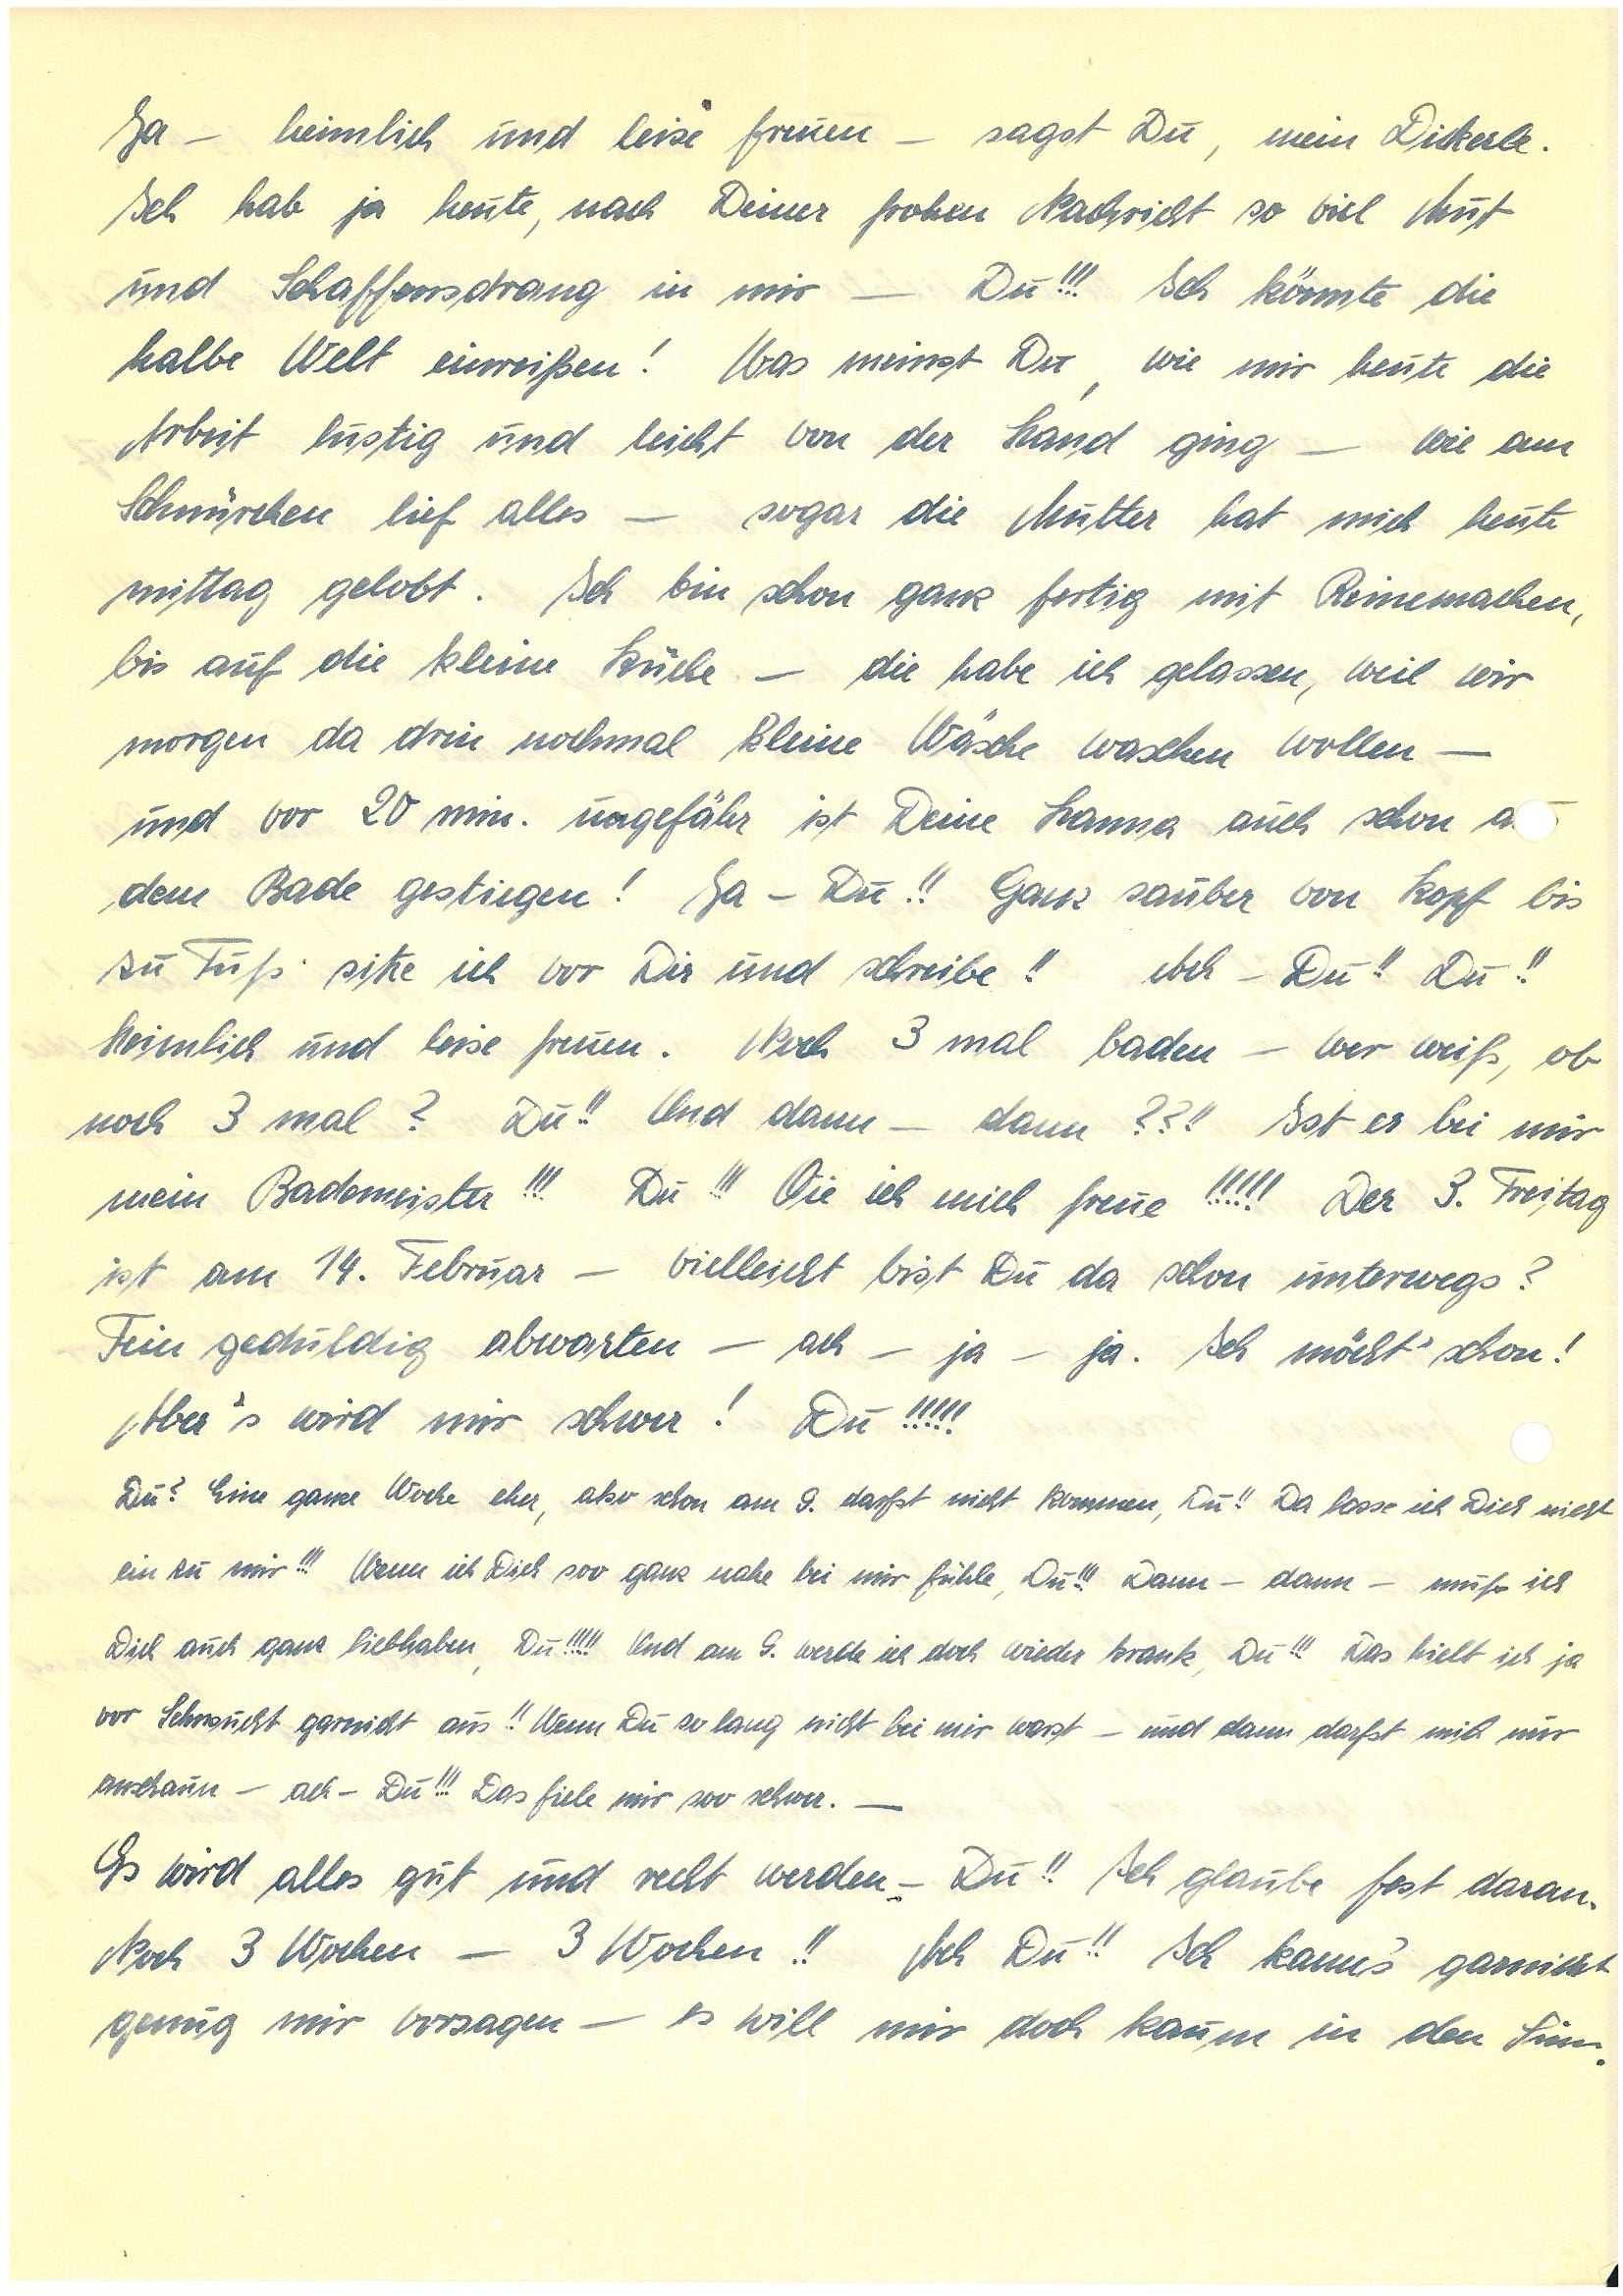
Ja – heimlich und leise freuen – sagst Du, mein Dickerle.
Ich hab ja heute, nach Deiner frohen Nachricht so viel Mut
und Schaffensdrang in mir – Du!!! Ich könnte die
halbe Welt einreißen! Was meinst Du, wie mir heute die
Arbeit lustig und leicht von der Hand ging – wie am
Schnürchen lief alles – sogar die Mutter hat mich heute
mittag gelobt. Ich bin schon ganz fertig mit Reinemachen,
bis auf die kleine Küche – die habe ich gelassen, weil wir
morgen da drin nochmal kleine Wäsche waschen wollen –
und vor 20 min. ungefähr ist deine auch schon a
dem Bade gestiegen! Ja – Du!! Ganz sauber von Kopf bis
zu Fuß sitze ich vor Dir und schreibe!! Ach – Du!! Du!!
Heimlich und leise freuen. Noch 3 mal baden – wer weiß, ob
noch 3 mal? Du!! Und dann – dann??!! Ist er bei mir
mein Bademeister!!! Du!!! Wie ich mich freue!!!!! Der 3. Freitag
ist am 14. Februar – vielleicht bist Du da schon unterwegs?
Fein geduldig abwarten – ach – ja – ja. Ich möcht’ schon!
Aber’s wird mir schwer! Du!!!!!
Du? Eine ganze Woche eher, also schon am 9. darfst nicht kommen, Du!! Da lasse ich Dich nicht
ein zu mir!!! Wenn ich Dich soo ganz nahe bei mir fühle, Du!!! Dann – dann – muß ich
Dich auch ganz liebhaben, Du!!!!! Und am 9. werde ich doch wieder krank, Du!!! Das hielt ich ja
vor Sehnsucht garnicht aus!! Wenn Du so lang nicht bei mir warst – und dann darfst mich nur
anschauen – ach – Du!!! Das fiele mir soo schwer. –
Es wird alles gut und recht werden – Du!! Ich glaube fest daran.
Noch 3 Wochen – 3 Wochen!! Ach Du!! Ich kann’s garnicht
genug mir vorsagen – es will mir doch kaum in den Sinn.